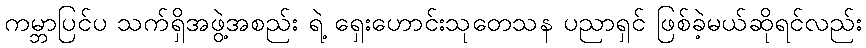
ကမ္ဘာပြင်ပ သက်ရှိအဖွဲ့အစည်း ရဲ့ ရှေးဟောင်းသုတေသန ပညာရှင် ဖြစ်ခဲ့မယ်ဆိုရင်လည်း